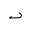
\hookleftarrow